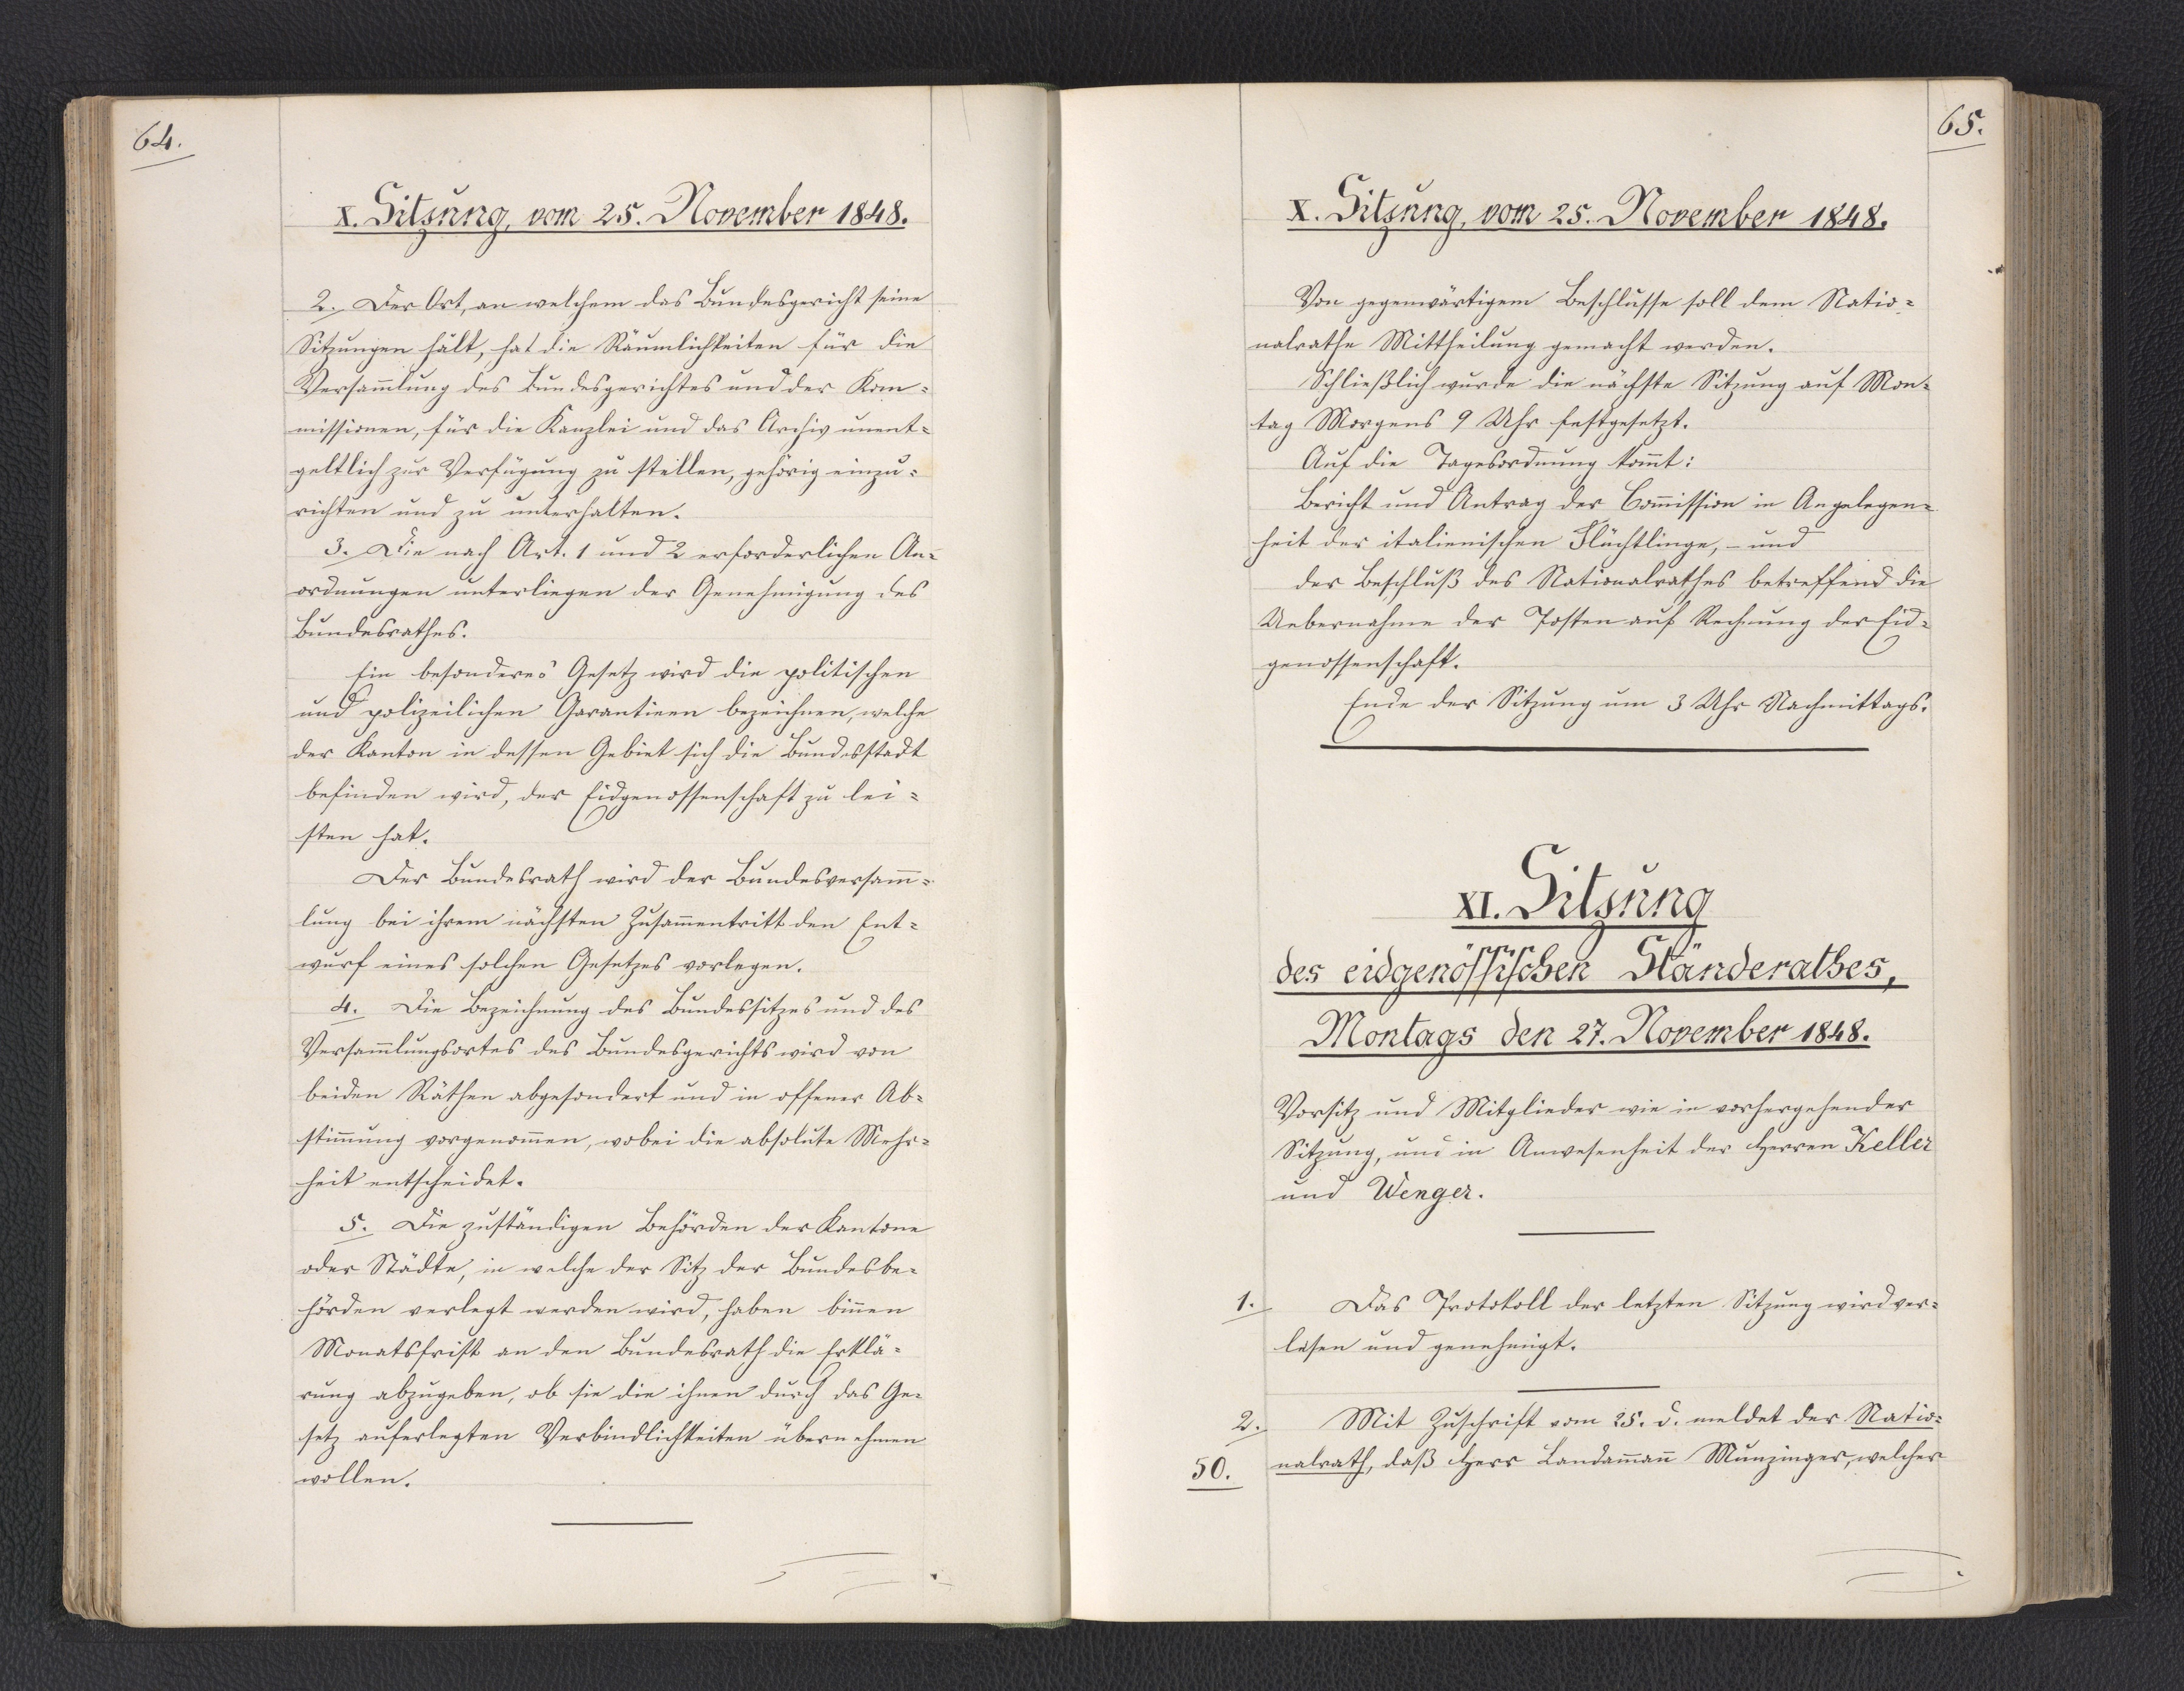
65.

XI. Sitzung
des eidgenössischen Ständerathes,
Montags den 27. November 1848.

Vorsitz und Mitglieder wie in vorhergehender
Sitzung, und in Anwesenheit der Herren Keller
und Wenger.
Das Protokoll der letzten Sitzung wird ver¬
lesen und genehmigt.
Mit Zuschrift vom 25. d. meldet der Natio¬
nalrath, daß Herr Landammann Munzinger, welcher

1.

2.
50.